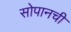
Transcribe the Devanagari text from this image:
सोपानची